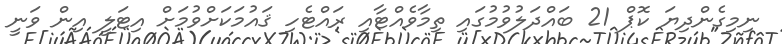
ނިމިގެންދިޔަ ކޮޕް 21 ބައްދަލުވުމުގައި ތިމާވެއްޓާއި ރައްޓެހި ޤައުމަކަށްވުމަށް އިޓަލީ އިން ވަނީ